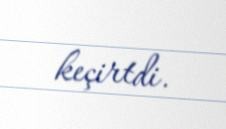
keçirtdi.